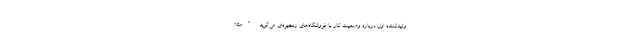
ولیدکننده اول درباره وضعیت کار با فروشگاه‌های زنجیره‌ای می‌گوید "مثلا